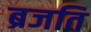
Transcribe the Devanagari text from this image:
ब्रजति